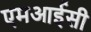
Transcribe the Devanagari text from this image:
एमआईसी